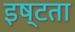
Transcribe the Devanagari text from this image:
इष्टता